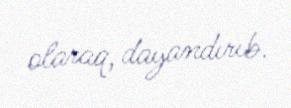
olaraq, dayandırıb.